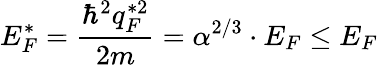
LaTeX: E_{F}^{*}=\frac{\hbar^{2}q_{F}^{*2}}{2m}=\alpha^{2/3}\cdot E_{F}\le E_{F}